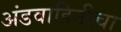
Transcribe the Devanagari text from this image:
अंडवाहिनीचा